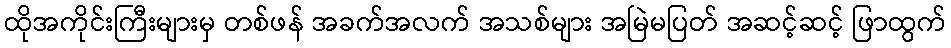
ထိုအကိုင်းကြီးများမှ တစ်ဖန် အခက်အလက် အသစ်များ အမြဲမပြတ် အဆင့်ဆင့် ဖြာထွက်